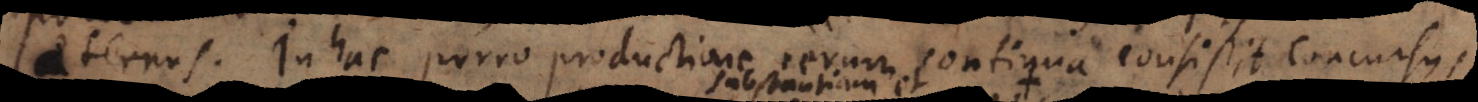
aeternus. In hac porro productione rerum continua consistit concursus